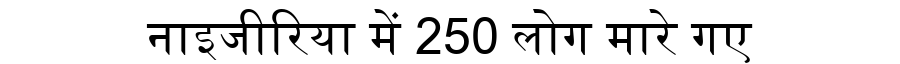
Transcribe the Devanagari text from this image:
नाइजीरिया में 250 लोग मारे गए